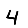
Digit: 4